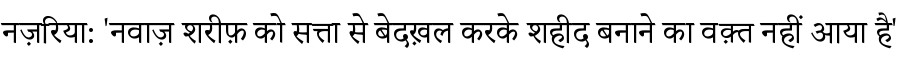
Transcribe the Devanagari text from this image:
नज़रिया: 'नवाज़ शरीफ़ को सत्ता से बेदख़ल करके शहीद बनाने का वक़्त नहीं आया है'